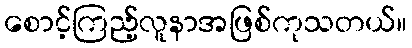
စောင့်ကြည့်လူနာအဖြစ်ကုသတယ်။